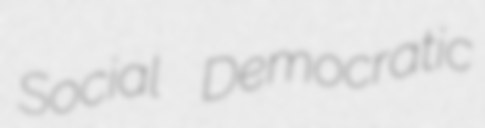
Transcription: Social Democratic